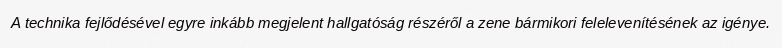
A technika fejlődésével egyre inkább megjelent hallgatóság részéről a zene bármikori felelevenítésének az igénye.